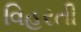
વિહરતી